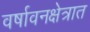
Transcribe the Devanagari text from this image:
वर्षावनक्षेत्रात